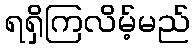
ရရှိကြလိမ့်မည်